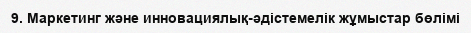
9. Маркетинг және инновациялық-әдістемелік жұмыстар бөлімі